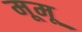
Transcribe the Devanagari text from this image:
मूमू